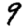
Digit: 9